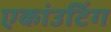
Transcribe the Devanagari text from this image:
एकांउटिंग